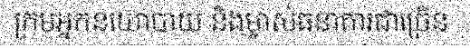
ក្រុមអ្នកនយោបាយ និងម្ចាស់ធនាគារជាច្រើន